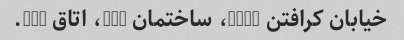
خیابان کرافتن 7880، ساختمان 40a، اتاق 304.